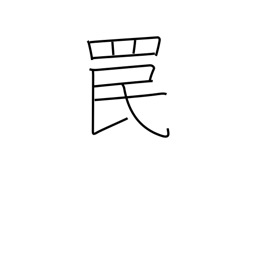
Meaning: snare